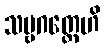
သဗ္ဗဂတ္တေဟိ